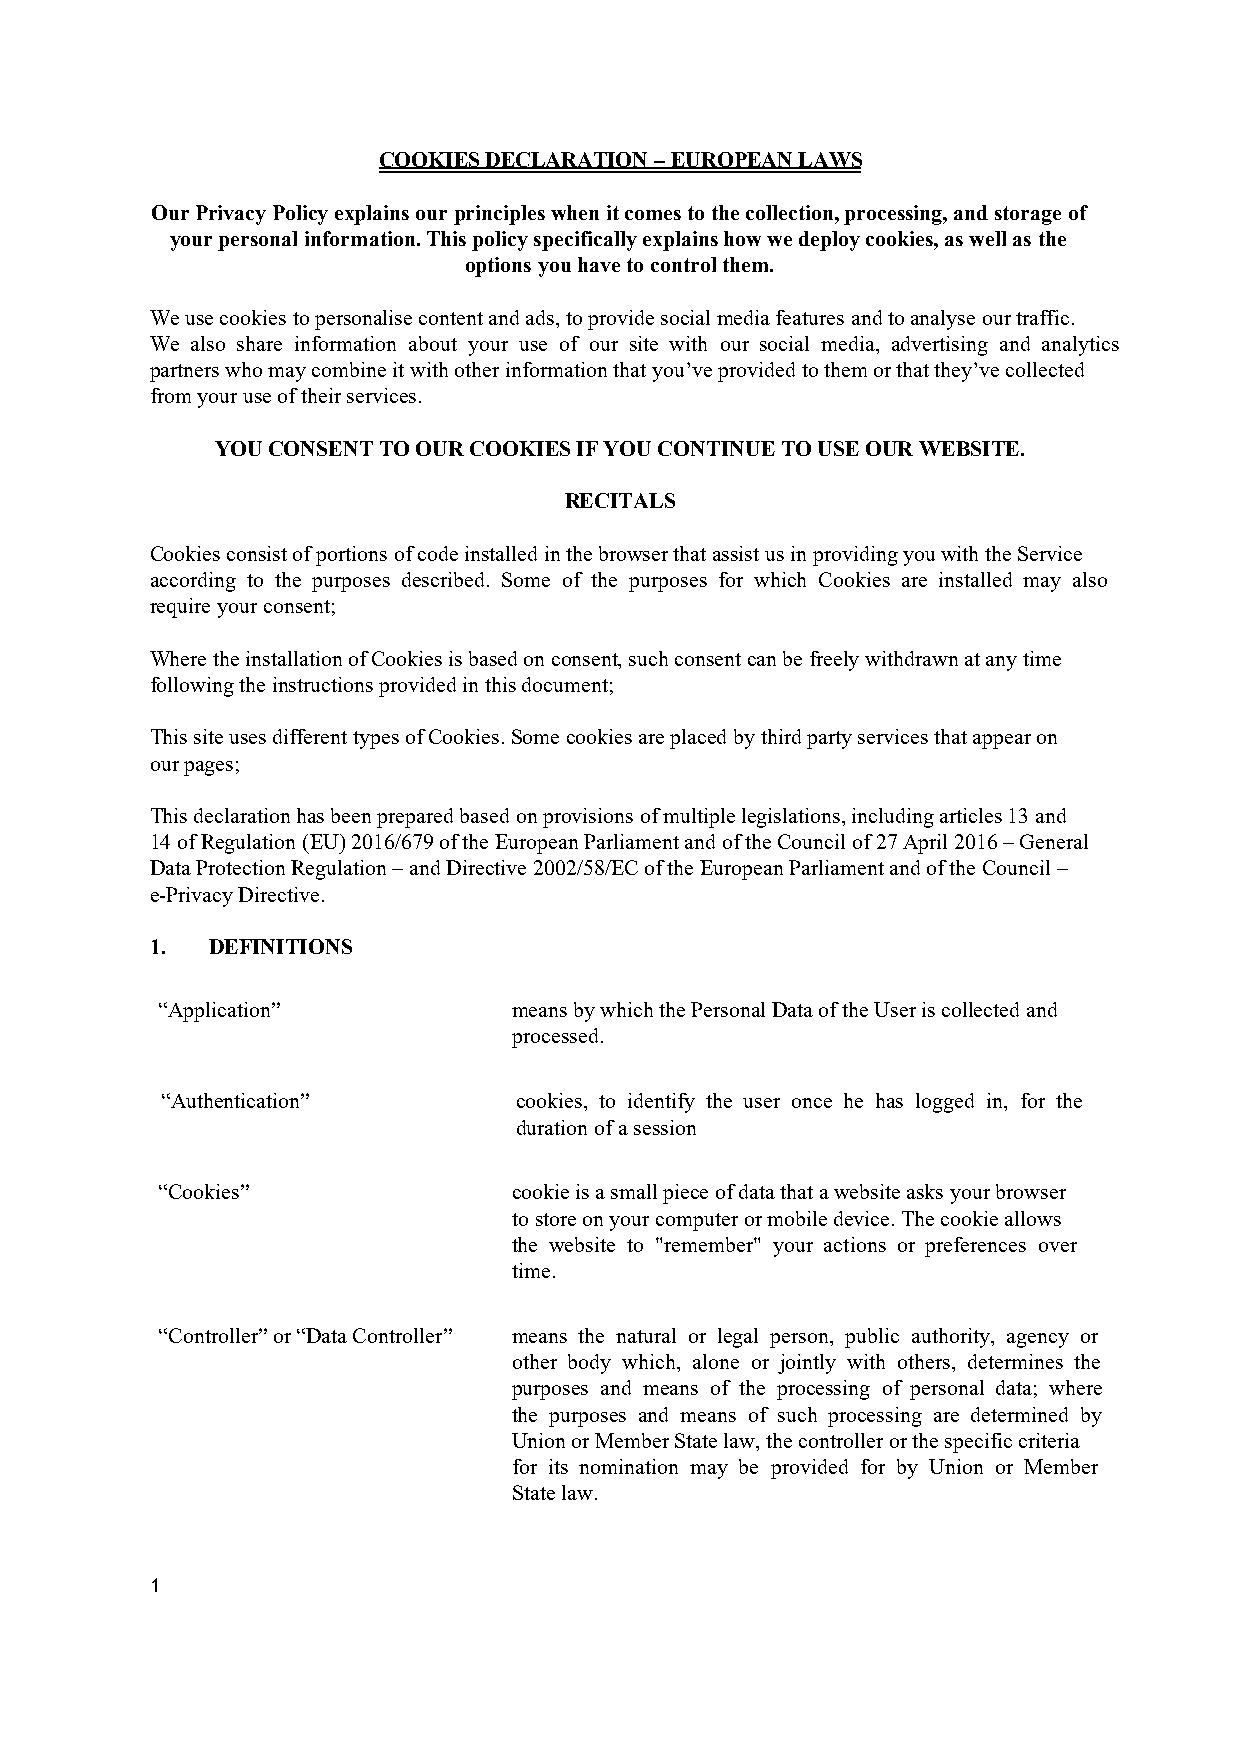
COOKIES DECLARATION – EUROPEAN LAWS
 Our Privacy Policy explains our principles when it comes to the collection, processing, and storage of
 your personal information. This policy specifically explains how we deploy cookies, as well as the
 options you have to control them.
 We use cookies to personalise content and ads, to provide social media features and to analyse our traffic.
 We also share information about your use of our site with our social media, advertising and analytics
 partners who may combine it with other information that you’ve provided to them or that they’ve collected
 from your use of their services.
 YOU CONSENT TO OUR COOKIES IF YOU CONTINUE TO USE OUR WEBSITE.
 RECITALS
 Cookies consist of portions of code installed in the browser that assist us in providing you with the Service
 according to the purposes described. Some of the purposes for which Cookies are installed may also
 require your consent;
 Where the installation of Cookies is based on consent, such consent can be freely withdrawn at any time
 following the instructions provided in this document;
 This site uses different types of Cookies. Some cookies are placed by third party services that appear on
 our pages;
 This declaration has been prepared based on provisions of multiple legislations, including articles 13 and
 14 of Regulation (EU) 2016/679 of the European Parliament and of the Council of 27 April 2016 – General
 Data Protection Regulation – and Directive 2002/58/EC of the European Parliament and of the Council –
 e-Privacy Directive.
 1.  DEFINITIONS
 “Application”           means by which the Personal Data of the User is collected and
 processed.
 “Authentication”       cookies, to identify the user once he has logged in, for the
 duration of a session
 “Cookies”               cookie is a small piece of data that a website asks your browser
 to store on your computer or mobile device. The cookie allows
 the website to "remember" your actions or preferences over
 time.
 “Controller” or “Data Controller” means the natural or legal person, public authority, agency or
 other body which, alone or jointly with others, determines the
 purposes and means of the processing of personal data; where
 the purposes and means of such processing are determined by
 Union or Member State law, the controller or the specific criteria
 for its nomination may be provided for by Union or Member
 State law.
 1